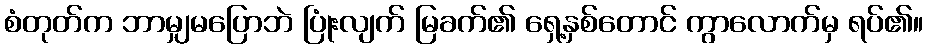
စံတုတ်က ဘာမျှမပြောဘဲ ပြုံးလျက် မြခက်၏ ရှေ့နှစ်တောင် ကွာလောက်မှ ရပ်၏။